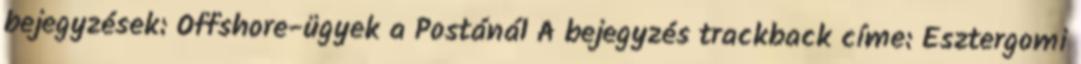
bejegyzések: Offshore-ügyek a Postánál A bejegyzés trackback címe: Esztergomi